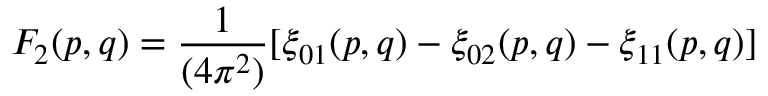
F _ { 2 } ( p , q ) = { \frac { 1 } { ( 4 \pi ^ { 2 } ) } } [ \xi _ { 0 1 } ( p , q ) - \xi _ { 0 2 } ( p , q ) - \xi _ { 1 1 } ( p , q ) ]